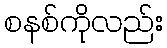
စနစ်ကိုလည်း